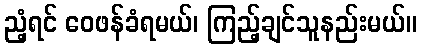
ညံ့ရင် ဝေဖန်ခံရမယ်၊ ကြည့်ချင်သူနည်းမယ်။